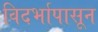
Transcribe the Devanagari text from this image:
विदर्भापासून